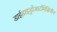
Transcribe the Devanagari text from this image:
डाईहाइड्रोआर्टमिसिनीन